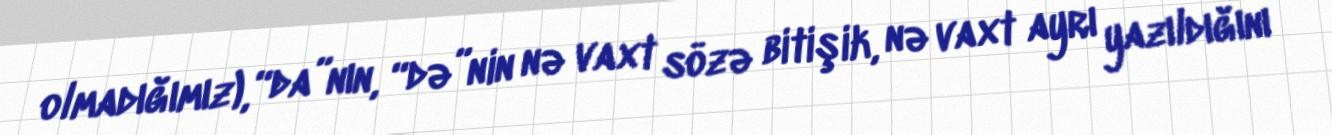
olmadığımız), “da”nın, “də”nin nə vaxt sözə bitişik, nə vaxt ayrı yazıldığını